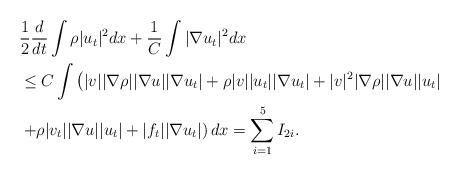
LaTeX: \begin{align*}\begin{aligned}& \frac{1}{2} \frac{d}{dt}\int \rho |u_t|^2dx+\frac{1}{C}\int |\nabla u_t|^2 dx\\& \le C\int \left(|v| |\nabla \rho| |\nabla u| |\nabla u_t|+\rho |v| |u_t| |\nabla u_t| + |v|^2 |\nabla \rho| |\nabla u| |u_t|\right.\\&\left. +\rho |v_t| |\nabla u| |u_t|+|f_t||\nabla u_t|\right)dx=\sum_{i=1}^5 I_{2i}.\end{aligned}\end{align*}